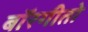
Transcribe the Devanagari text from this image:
बॉरगीतो